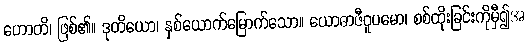
ဟောတိ၊ ဖြစ်၏။ ဒုတိယော၊ နှစ်ယောက်မြောက်သော။ ယောဓာဇီဝူပမော၊ စစ်ထိုးခြင်းကိုမှီ၍အ